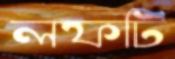
লফটি